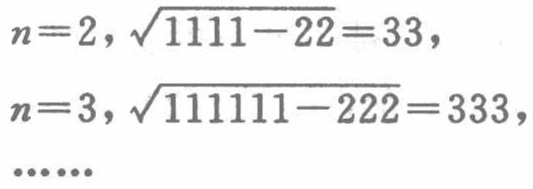
$n = 2,\sqrt{1111 - 22}=33,$
$n = 3,\sqrt{111111 - 222}=333,$
……